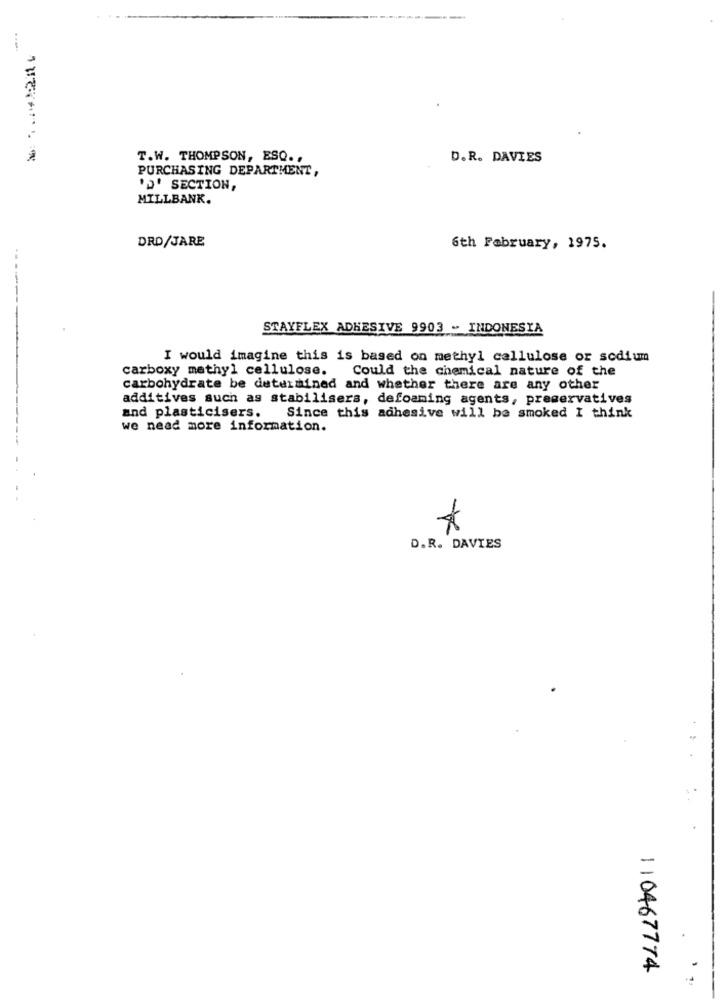
..=*..
T.W. THOMPSON, ESQ .,
D.R. DAVIES
PURCHASING DEPARTMENT,
'J' SECTION,
MILLBANK.
DRD/JARE
6th February, 1975.
STAYFLEX ADHESIVE 9903 - INDONESIA
I would imagine this is based on methyl cellulose or sodium
carboxy methyl cellulose.
Could the chemical nature of the
carbohydrate be determined and whether there are any other
additives such as stabilisers, defoaming agents, preservatives
and plasticisers.
Since this adhesive will be smoked I think
we nead more information.
D.R. DAVIES
110467774